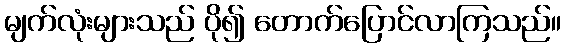
မျက်လုံးများသည် ပို၍ တောက်ပြောင်လာကြသည်။